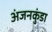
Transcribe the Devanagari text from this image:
अंजनकुंडा